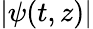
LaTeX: |\psi(t,z)|